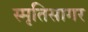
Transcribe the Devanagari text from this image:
स्मृतिसागर